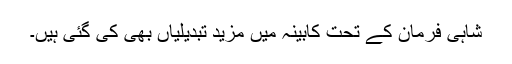
شاہی فرمان کے تحت کابینہ میں مزید تبدیلیاں بھی کی گئی ہیں۔